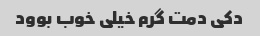
دکی دمت گرم خیلی خوب بوود